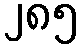
၂၈၅